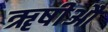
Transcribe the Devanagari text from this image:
ॠषीऔ